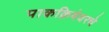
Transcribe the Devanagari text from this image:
पाकक्रियेवरचे